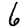
Digit: 6